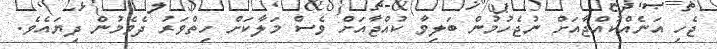
ޖެހި އަނެއްކުއްޖާއަށް ނުޖެހުމުން ބަލިވާ ކުއްޖާއަށް ވެސް މަލާކަށް ހިތްވަރު ދެވެމުން ދިޔައެވެ.